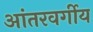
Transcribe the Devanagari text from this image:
आंतरवर्गीय